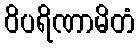
ဝိပရိဏာမိတံ